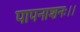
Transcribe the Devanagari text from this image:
पापनाशनः।।